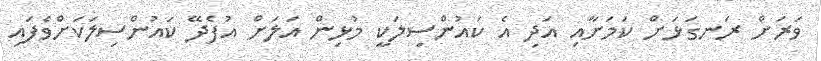
ވަރަށް ރަނގަޅަށް ކަމަށާއި އަދި އެ ކައުންސިލަކީ މުޅިން އަލަށް އުފެދޭ ކައުންސިލަކަށްވެފައި